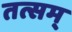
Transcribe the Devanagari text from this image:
तत्सम्